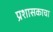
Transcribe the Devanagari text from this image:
प्रशासकाचा